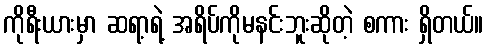
ကိုရီးယားမှာ ဆရာ့ရဲ့ အရိပ်ကိုမနင်းဘူးဆိုတဲ့ စကား ရှိတယ်။